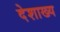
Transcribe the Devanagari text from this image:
देशाख्य